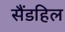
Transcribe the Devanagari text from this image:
सैंडहिल